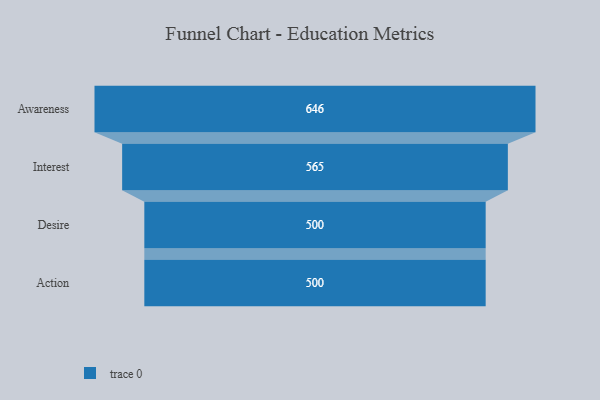
{"axis": {"x": "Stage", "y": "Value"}, "legend": [""], "data": [{"x": "Awareness", "y": 646.0, "type": ""}, {"x": "Interest", "y": 565.0, "type": ""}, {"x": "Desire", "y": 500, "type": ""}, {"x": "Action", "y": 500, "type": ""}]}